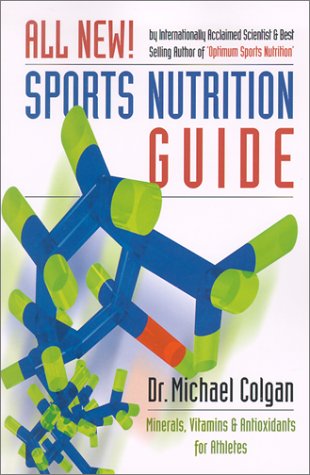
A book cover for Sports Nutrition Guide: Minerals, Vitamins & Antioxidants for Athletes; Michael Colgan; Health, Fitness & Dieting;